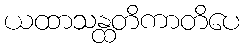
ယထာသန္ထတိကာတိပေ